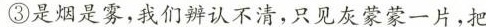
③是烟是雾，我们辨认不清，只见灰蒙蒙一片，把